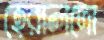
হেরালদো